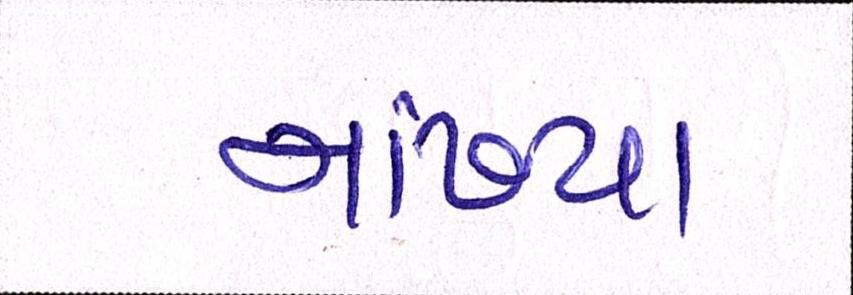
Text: નાંખ્યા